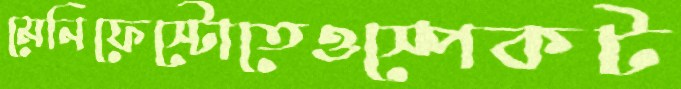
মেনিফেস্টোতেওস্পেকট